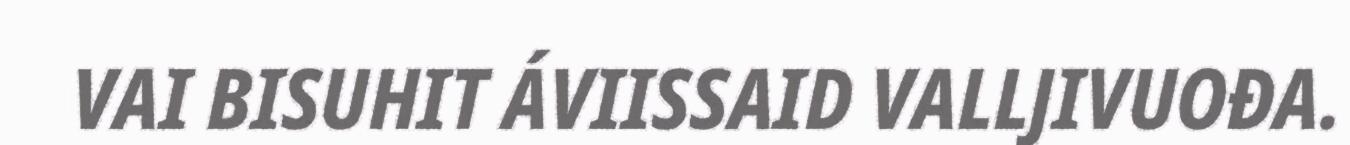
VAI BISUHIT ÁVIISSAID VALLJIVUOĐA.